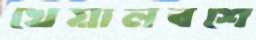
খেয়ালবশে